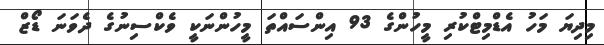
މިދިޔަ މަހު އެޑްމިޓްކުރި މީހުންގެ 93 އިންސައްތަ މީހުންނަކީ ވެކްސިނުގެ ދެވަނަ ޑޯޒް